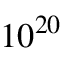
1 0 ^ { 2 0 }